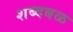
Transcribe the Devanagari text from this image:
शब्दबळ